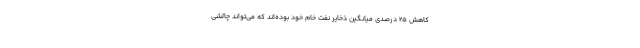
کاهش ۲۵ درصدی میانگین ذخایر نفت خام خود بوده‌اند که می‌تواند چالشی